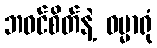
ဘဝင်စိတ်နဲ့ ဓမ္မာရုံ